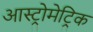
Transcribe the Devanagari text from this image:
आस्ट्रोमेट्रिक